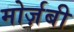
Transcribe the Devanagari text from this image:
मोर्ज़बी